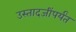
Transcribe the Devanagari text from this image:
उस्तादजींपर्यंत